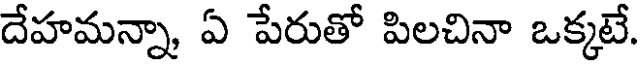
దేహమన్నా, ఏ పేరుతో పిలచినా ఒక్కటే.